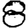
Digit: 8